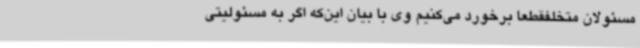
مسئولان متخلفقطعا برخورد می‌کنیم وی با بیان این‌که اگر به مسئولیتی